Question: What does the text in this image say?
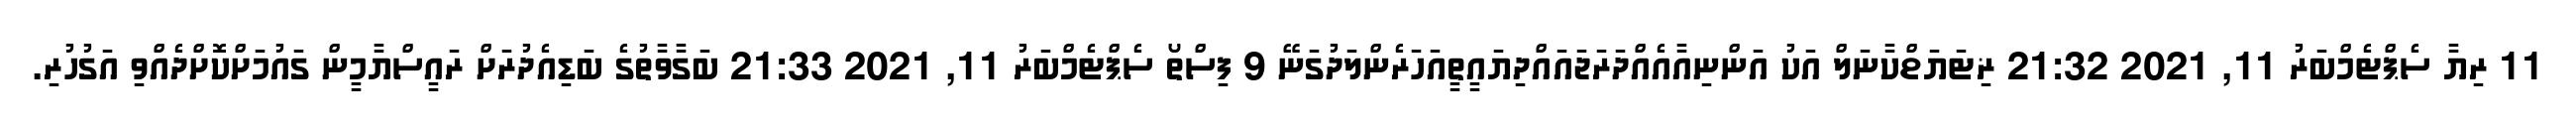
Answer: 11 ރިޔާ ސެޕްޓެމްބަރު 11, 2021 21:32 ޜިޓަޔަޱްކާނަލް އަކު އަންނިއާއެއްދަރަޖައައްދިޔައީތީއަހަރެންލަދުގަނޭ 9 ފިސްތޯ ސެޕްޓެމްބަރު 11, 2021 21:33 ބަގާވާތުގެ ބަޑިއެދުރަށް ރައީސްޔާމީން ގައުމަށްކޮށްދެއްވި އަގުހުރި.